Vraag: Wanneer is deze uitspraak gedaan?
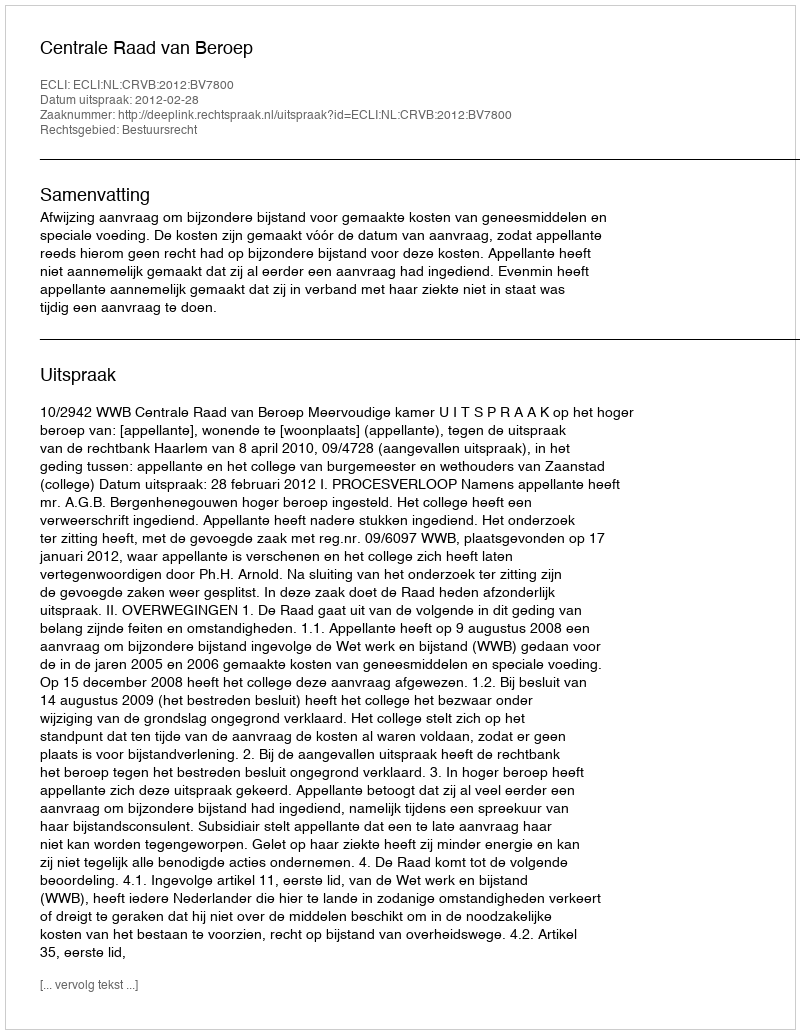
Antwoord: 2012-02-28